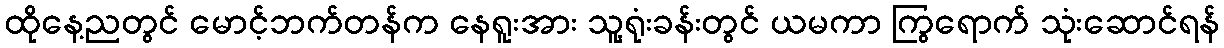
ထိုနေ့ညတွင် မောင့်ဘက်တန်က နေရူးအား သူ့ရုံးခန်းတွင် ယမကာ ကြွရောက် သုံးဆောင်ရန်